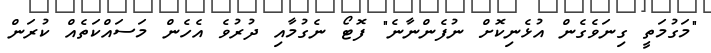
"މަގުމަތީ ގިނަވެގެން އުޅެނިކޮށް ނުފެންނާނެ" ފޮޓޯ ނެގުމާއި ދުރުވެ އެހެން މަސައްކަތެއް ކުރަން